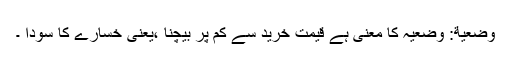
وَضْعِیَّة: وضعیہ کا معنی ہے قیمت ِخرید سے کم پر بیچنا ،یعنی خسارے کا سودا ۔